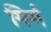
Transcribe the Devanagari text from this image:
गिर्ण